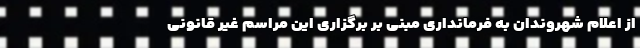
از اعلام شهروندان به فرمانداری مبنی بر برگزاری این مراسم غیر قانونی